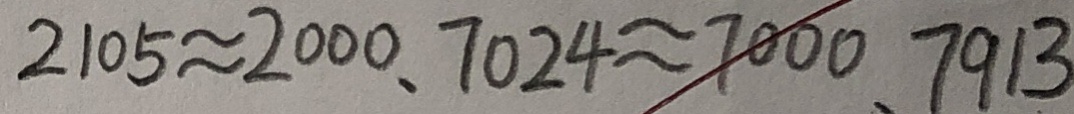
2 1 0 5 \approx 2 0 0 0 、 7 0 2 4 \approx 7 0 0 0 、 7 9 1 3